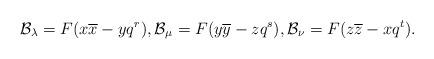
LaTeX: \begin{align*}\mathcal B_\lambda = F (x \overline x - y q^r),\mathcal B_\mu = F (y \overline y - z q^s),\mathcal B_\nu = F (z \overline z - x q^t).\end{align*}